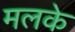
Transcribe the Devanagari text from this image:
मलके